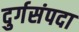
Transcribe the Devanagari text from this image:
दुर्गसंपदा